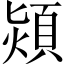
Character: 熲